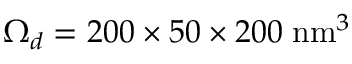
\Omega _ { d } = 2 0 0 \times 5 0 \times 2 0 0 \; \mathrm { n m } ^ { 3 }